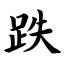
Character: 跌